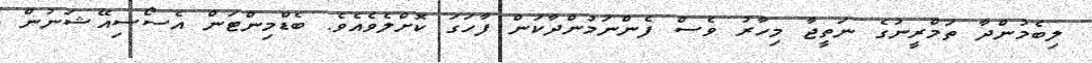
ލިބެމުންދާ ތަމްރީނުގެ ނަތީޖާ މިހާރު ވެސް ފެންނަމުންދާކަން ފާހަގަ ކޮށްލެވެއެވެ. ބެޑްމިންޓަން އެސޯސިއޭޝަނުން